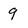
Character: 9